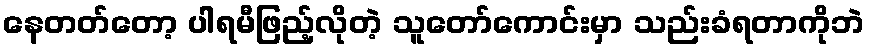
နေတတ်တော့ ပါရမီဖြည့်လိုတဲ့ သူတော်ကောင်းမှာ သည်းခံရတာကိုဘဲ